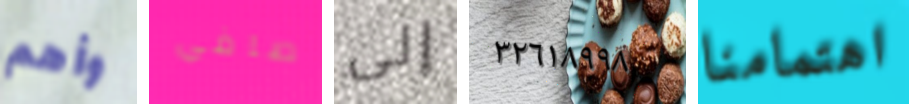
وأهم صافي إلى ٣٢٦١٨٩٩٨ اهتمامنا